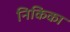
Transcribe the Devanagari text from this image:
निकिका